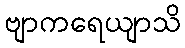
ဗျာကရေယျာသိ